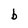
Character: b